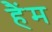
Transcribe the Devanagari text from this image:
हैंम